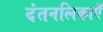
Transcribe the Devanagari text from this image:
दंतनलिकाएँ